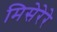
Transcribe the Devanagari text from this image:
मिसेरेरे